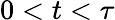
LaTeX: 0<t<\tau